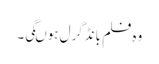
وہ فلم بانڈگرل ہوںگی۔